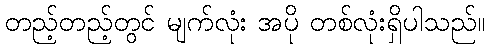
တည့်တည့်တွင် မျက်လုံး အပို တစ်လုံးရှိပါသည်။